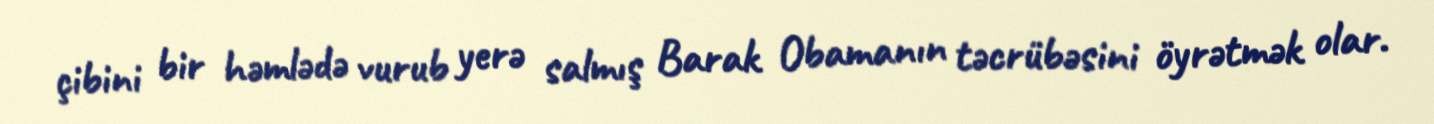
çibini bir həmlədə vurub yerə salmış Barak Obamanın təcrübəsini öyrətmək olar.